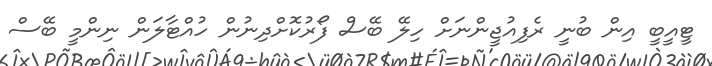
ޓީއީބީ އިން ބުނީ ރެފިއުޖީންނަށް ހިލޭ ބޭސް ފޯރުކޮށްދިނުން ހުއްޓާލަން ނިންމީ ބޭސް